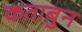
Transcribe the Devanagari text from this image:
कताबुन